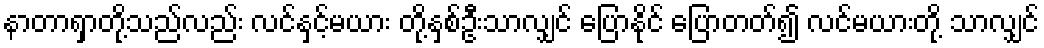
နာတာရှာတို့သည်လည်း လင်နှင့်မယား တို့နှစ်ဦးသာလျှင် ပြောနိုင် ပြောတတ်၍ လင်မယားတို့ သာလျှင်